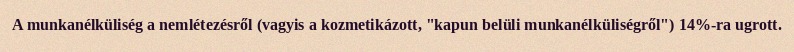
A munkanélküliség a nemlétezésről (vagyis a kozmetikázott, "kapun belüli munkanélküliségről") 14%-ra ugrott.